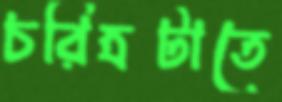
চরিত্রটাতে